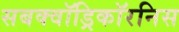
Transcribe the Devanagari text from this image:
सबक्वॉड्रिकॉरनिस